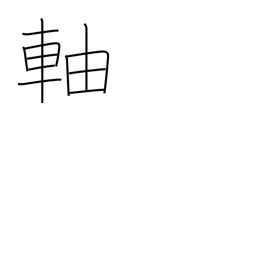
Meaning: stem